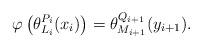
LaTeX: \begin{align*}\varphi\left(\theta_{L_{i}}^{P_{i}}(x_{i})\right) = \theta_{M_{i+1}}^{Q_{i+1}}(y_{i+1}).\end{align*}